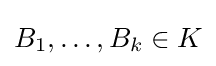
B_{1},\ldots ,B_{k}\in K